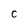
Character: C